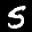
Label: 5